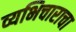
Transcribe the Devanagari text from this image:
व्यभिचाराचा